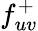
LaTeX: f_{uv}^{+}